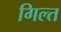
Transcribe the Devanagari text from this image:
गिल्त